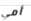
أمي